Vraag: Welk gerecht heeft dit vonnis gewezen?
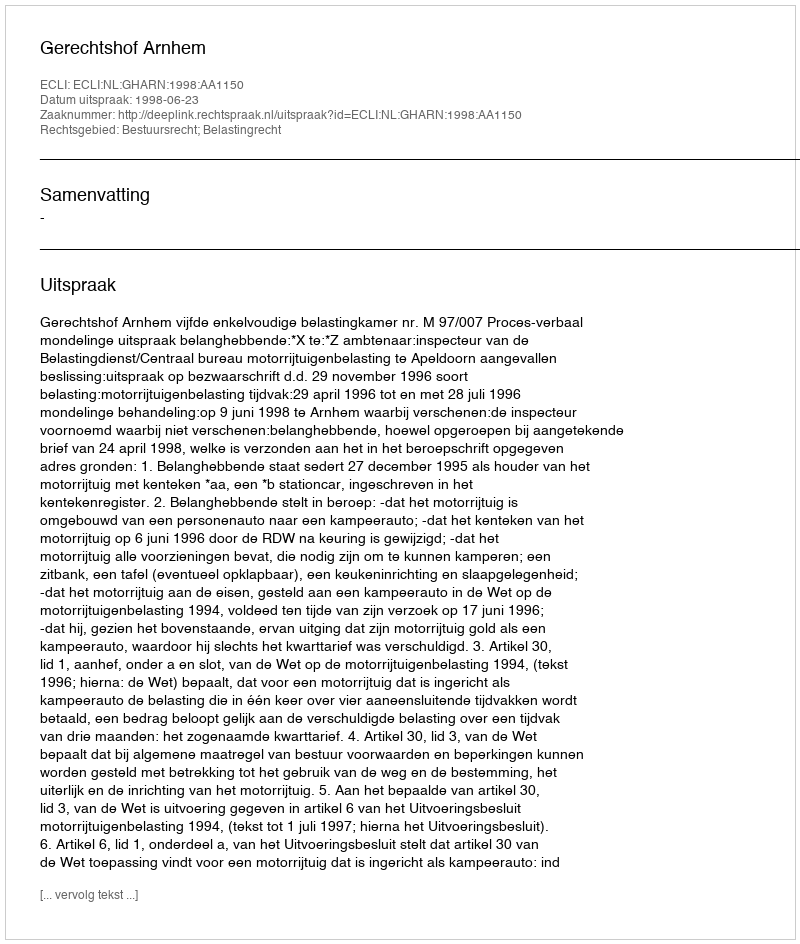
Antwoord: Gerechtshof Arnhem